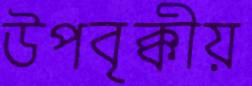
উপবৃক্কীয়